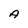
Character: A